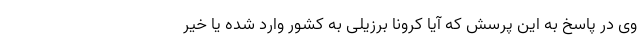
وی در پاسخ به این پرسش که آیا کرونا برزیلی به کشور وارد شده یا خیر